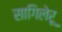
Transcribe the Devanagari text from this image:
सागिलेरू